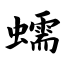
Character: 蠕